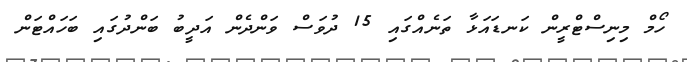
ހޯމް މިނިސްޓްރީން ކަނޑައަޅާ ތަނެއްގައި 15 ދުވަސް ވަންދެން އަދީބު ބަންދުގައި ބަހައްޓަން